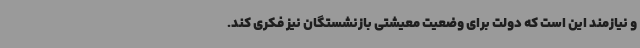
و نیازمند این است که دولت برای وضعیت معیشتی بازنشستگان نیز فکری کند.